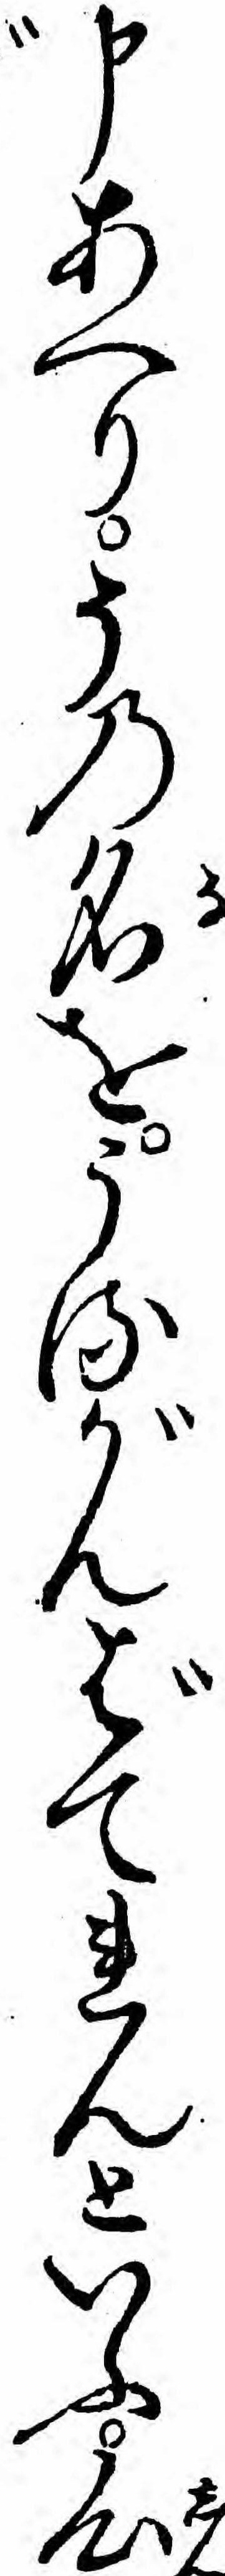
申あへりその名をうるがんばてれんといふ心